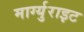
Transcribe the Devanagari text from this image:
मार्ग्युराइट